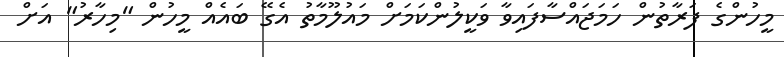
މީހުންގެ ފަރާތުން ހަމަޖައްސާފައިވާ ވަކީލުންކަމަށް މައުލޫމާތު އެގޭ ބައެއް މީހުން "މިހާރު" އަށް